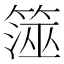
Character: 𥱒